Report on vaccination in Madras 1895-1903 - 1895-1903
Year: 1895
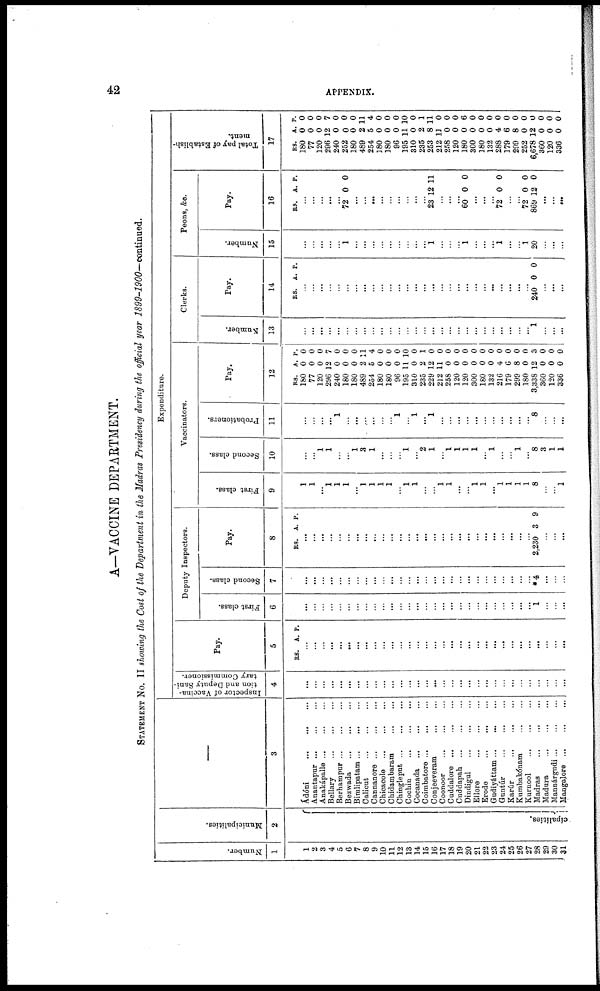
42
APPENDIX.
A—VACCINE DEPARTMENT.
STATEMENT No. II showing the Cost of the Department in the Madras Presidency during the official year 1899-1900—continued.
Number.
1
1
2
3
4
5
6
7
8
9
10
11
12
13
14
15
16
17
18
19
20
21
22
23
24
25
26
27
28
29
30
31
Municipalities.
2
cipalities.
3
Ádóni
...
...
...
Anantapur ... ... ...
Anakápalle
...
...
...
Bellary
...
...
...
Berhampur
...
...
...
Bezwada
...
...
...
Bimlipatam ... ... ...
Calicut
...
...
...
Cannanore
...
...
...
Chicacole
...
...
...
Chidambaram
...
...
Chingleput
...
...
...
Cochin
...
...
...
Cocanada ...
...
...
Coimbatore ... ... ...
Conjeeveram ... ...
Coonoor
... ... ...
Cuddalore
...
...
...
Cuddapah
...
...
...
Dindigul
...
...
...
Ellore
...
...
...
Erode
...
...
...
Gudiyáttam ... ... ...
Guntúr
...
...
...
Karúr
...
...
...
Kumbakónam
...
...
Kurnool
...
...
...
Madras
...
...
...
Madura
...
...
...
Maunárgudi ... ... ...
Mangalore
...
...
...
Expenditure.
Inspector of Vaccina-
tion and Deputy Sani-
tary Commissioner.
4
...
...
...
...
...
...
...
...
...
...
...
...
...
...
...
...
...
...
...
...
...
...
...
...
...
...
...
...
...
...
...
Pay.
5
RS. A. P.
...
...
...
...
...
...
...
...
...
...
...
...
...
...
...
...
...
...
...
...
...
...
...
...
...
...
...
...
...
...
...
Deputy Inspectors.
First class.
6
...
...
...
...
...
...
...
...
...
...
...
...
...
...
...
...
...
...
...
...
...
...
...
...
...
...
...
1
...
...
...
Second class.
7
...
...
...
...
...
...
...
...
...
...
...
...
...
...
...
...
...
...
...
...
...
...
...
...
...
...
...
*4
...
...
...
Pay.
8
RS. A. P.
...
...
...
...
...
...
...
...
...
...
...
...
...
...
...
...
...
...
...
...
...
...
...
...
...
...
...
2,230 3 9
...
...
...
Vaccinators.
First class.
9
...
...
...
...
...
...
...
...
...
...
...
...
...
...
...
...
...
...
...
...
...
...
...
...
...
...
...
8
...
...
1
Second class.
10
...
...
1
1
...
...
1
3
1
...
...
...
1
...
2
1
...
1
1
1
1
...
1
...
...
1
...
8
3
1
1
Probationers.
11
...
...
...
...
1
...
...
...
...
...
...
1
...
1
...
1
...
...
...
...
...
...
...
...
...
...
...
8
...
...
...
Pay.
12
RS.
180
77
120
296
240
180
180
489
254
180
180
96
195
310
235
229
212
258
120
120
300
180
132
216
179
299
180
3,338
360
120
336
A.
0
0
0
12
0
0
0
2
5
0
0
0
11
0
2
12
11
0
0
0
0
0
0
4
6
8
0
12
0
0
0
P.
0
0
0
7
0
0
0
11
4
0
0
0
10
0
1
0
0
0
0
0
0
0
0
0
0
0
0
3
0
0
0
Clerks.
Number.
13
...
...
...
...
...
...
...
...
...
...
...
...
...
...
...
...
...
...
...
...
...
...
...
...
...
...
...
1
...
...
...
Pay.
14
RS. A. P.
...
...
...
...
...
...
...
...
...
...
...
...
...
...
...
...
...
...
...
...
...
...
...
...
...
...
...
240 0 0
...
...
...
Peons, &c.
Number.
15
...
...
...
...
...
1
...
...
...
...
...
...
...
...
...
1
...
...
...
1
...
...
...
1
...
...
1
20
...
...
...
Pay.
16
RS. A. P.
...
...
...
...
...
72 0 0
...
...
...
...
...
...
...
...
...
23 12 11
...
...
...
60 0 0
...
...
...
72 0 0
...
...
72
869
0
12
0
0
...
...
...
Total pay of Establish-
ment.
17
RS.
180
77
120
296
240
252
180
489
254
180
180
96
195
310
235
253
212
258
120
180
300
180
132
288
179
299
252
6,678
360
120
336
A.
0
0
0
12
0
0
0
2
5
0
0
0
11
0
2
8
11
0
0
0
0
0
0
4
6
8
0
12
0
0
0
P.
0
0
0
7
0
0
0
11
4
0
0
0
10
0
1
11
0
0
0
6
0
0
0
0
0
0
0
0
0
0
0